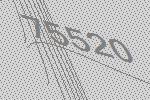
75520